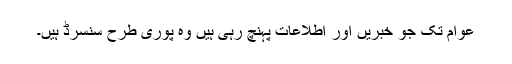
عوام تک جو خبریں اور اطلاعات پہنچ رہی ہیں وہ پوری طرح سنسرڈ ہیں۔